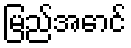
မြည်အောင်